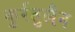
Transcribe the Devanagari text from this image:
कुर्रतुलैन